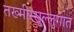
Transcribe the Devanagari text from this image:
तख्मीस्सुल्लुगात